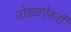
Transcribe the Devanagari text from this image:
जोड्यांऐवजी